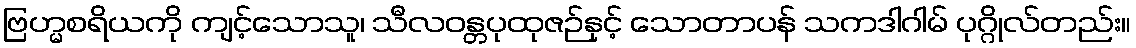
ဗြဟ္မစရိယကို ကျင့်သောသူ၊ သီလဝန္တပုထုဇဉ်နှင့် သောတာပန် သကဒါဂါမ် ပုဂ္ဂိုလ်တည်း။